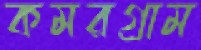
কমরগ্রাম